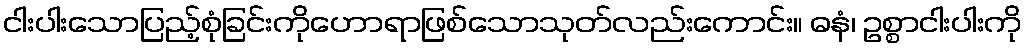
ငါးပါးသောပြည့်စုံခြင်းကိုဟောရာဖြစ်သောသုတ်လည်းကောင်း။ ဓနံ၊ ဥစ္စာငါးပါးကို